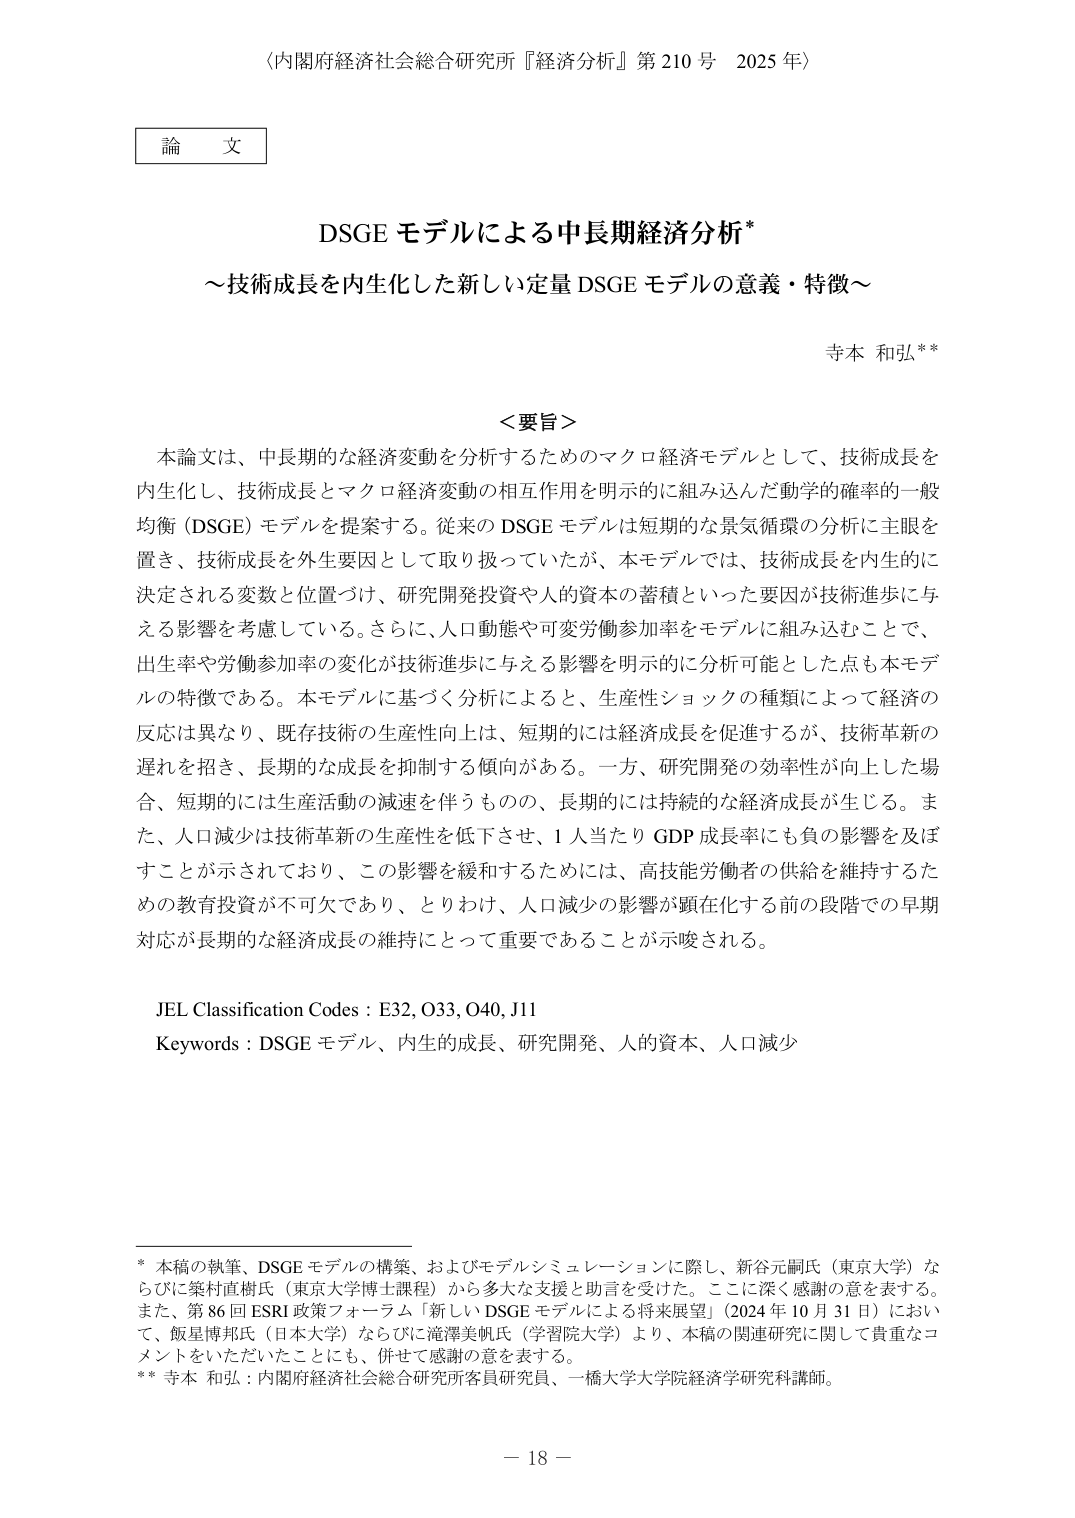
〈内閣府経済社会総合研究所『経済分析』第210号 2025年〉

論文

DSGE モデルによる中長期経済分析*
～技術成長を内生化した新しい定量 DSGE モデルの意義・特徴～

寺本 和弘**

＜要旨＞
本論文は、中長期的な経済変動を分析するためのマクロ経済モデルとして、技術成長を内生化し、技術成長とマクロ経済変動の相互作用を明示的に組み込んだ動学的確率的一般均衡（DSGE）モデルを提案する。従来の DSGE モデルは短期的な景気循環の分析に主眼を置き、技術成長を外生要因として取り扱っていたが、本モデルでは、技術成長を内生的に決定される変数と位置づけ、研究開発投資や人的資本の蓄積といった要因が技術進歩に与える影響を考慮している。さらに、人口動態や可変労働参加率をモデルに組み込むことで、出生率や労働参加率の変化が技術進歩に与える影響を明示的に分析可能とした点も本モデルの特徴である。本モデルに基づく分析によると、生産性ショックの種類によって経済の反応は異なり、既存技術の生産性向上は、短期的には経済成長を促進するが、技術革新の遅れを招き、長期的な成長を抑制する傾向がある。一方、研究開発の効率性が向上した場合、短期的には生産活動の減速を伴うものの、長期的には持続的な経済成長が生じる。また、人口減少は技術革新の生産性を低下させ、1人当たり GDP 成長率にも負の影響を及ぼすことが示されており、この影響を緩和するためには、高技能労働者の供給を維持するための教育投資が不可欠であり、とりわけ、人口減少の影響が顕在化する前の段階での早期対応が長期的な経済成長の維持にとって重要であることが示唆される。

JEL Classification Codes : E32, O33, O40, J11
Keywords : DSGE モデル、内生的成長、研究開発、人的資本、人口減少

* 本稿の執筆、DSGE モデルの構築、およびモデルシミュレーションに際し、新谷元嗣氏（東京大学）ならびに築村直樹氏（東京大学博士課程）から多大な支援と助言を受けた。ここに深く感謝の意を表する。また、第86回 ESRI 政策フォーラム「新しい DSGE モデルによる将来展望」（2024年10月31日）において、飯星博邦氏（日本大学）ならびに滝澤美帆氏（学習院大学）より、本稿の関連研究に関して貴重なコメントをいただいたことにも、併せて感謝の意を表する。
** 寺本 和弘：内閣府経済社会総合研究所客員研究員、一橋大学大学院経済学研究科講師。

－ 18 －